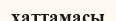
хаттамасы